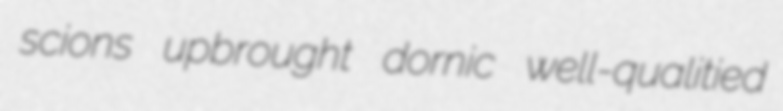
scions upbrought dornic well-qualitied